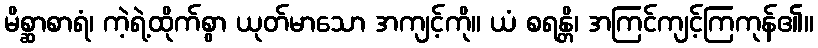
မိစ္ဆာစာရံ၊ ကဲ့ရဲ့ထိုက်စွာ ယုတ်မာသော အကျင့်ကို။ ယံ စရန္တိ၊ အကြင်ကျင့်ကြကုန်၏။